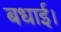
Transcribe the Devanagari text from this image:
बधाई।